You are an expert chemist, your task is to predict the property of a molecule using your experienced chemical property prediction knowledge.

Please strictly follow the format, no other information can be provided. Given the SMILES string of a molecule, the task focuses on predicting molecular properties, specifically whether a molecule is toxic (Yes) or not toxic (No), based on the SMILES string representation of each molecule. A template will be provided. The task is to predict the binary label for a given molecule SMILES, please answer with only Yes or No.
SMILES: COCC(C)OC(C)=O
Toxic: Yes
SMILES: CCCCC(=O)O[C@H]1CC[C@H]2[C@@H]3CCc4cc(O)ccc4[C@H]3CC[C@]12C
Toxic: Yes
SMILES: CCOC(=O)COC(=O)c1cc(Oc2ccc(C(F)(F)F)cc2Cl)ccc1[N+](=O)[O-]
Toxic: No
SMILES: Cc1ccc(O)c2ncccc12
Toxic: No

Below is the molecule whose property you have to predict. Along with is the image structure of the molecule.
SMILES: C[n+]1ccn(CCO)c1.F[B-](F)(F)F
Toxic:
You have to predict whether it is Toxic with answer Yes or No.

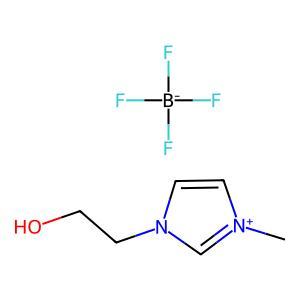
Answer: No